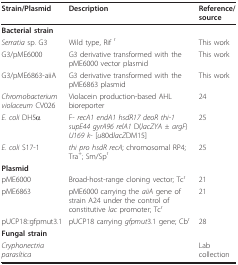
| Strain/Plasmid | Description | Reference/source |
 | --- | --- | --- |
 | Bacterial strain |  |  |
 | Serratia sp. G3 | Wild type, Rif r | This work |
 | G3/pME6000 | G3 derivative transformed with the pME6000 vector plasmid | This work |
 | G3/pME6863-aiiA | G3 derivative transformed with the pME6863 plasmid | This work |
 | Chromobacterium violaceum CV026 | Violacein production-based AHL bioreporter | 24 |
 | E. coli DH5α | F- recA1 endA1 hsdR17 deoR thi-1 supE44 gyrA96 relA1 D(lacZYA ± argF) U169 k- [u80dlacZDM15] | 25 |
 | E. coli S17-1 | thi pro hsdR recA; chromosomal RP4; Tra+; Sm/Spr | 25 |
 | Plasmid |  |  |
 | pME6000 | Broad-host-range cloning vector; Tcr | 21 |
 | pME6863 | pME6000 carrying the aiiA gene of strain A24 under the control of constitutive lac promoter; Tcr | 21 |
 | pUCP18::gfpmut3.1 | pUCP18 carrying gfpmut3.1 gene; Cbr | 28 |
 | Fungal strain |  |  |
 | Cryphonectria parasítica |  | Lab collection |